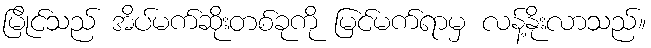
မြိုင်သည် အိပ်မက်ဆိုးတစ်ခုကို မြင်မက်ရာမှ လန့်နိုးလာသည်။